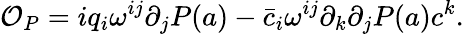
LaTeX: {\cal O}_{P}=iq_{i}\omega^{ij}\partial_{j}P(a)-\bar{c}_{i}\omega^{ij}\partial_{k}\partial_{j}P(a)c^{k}.